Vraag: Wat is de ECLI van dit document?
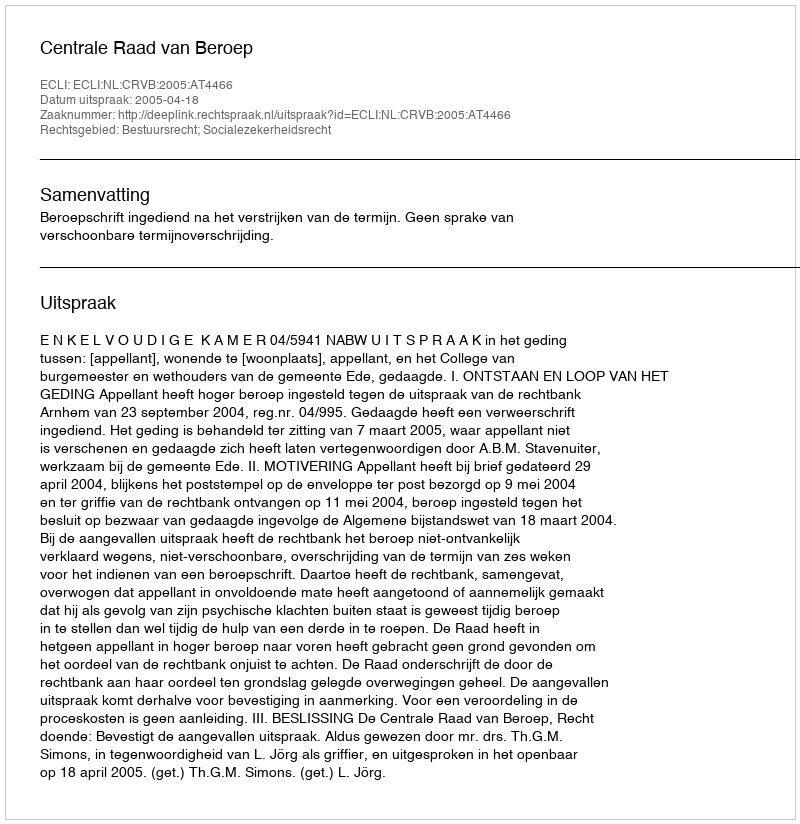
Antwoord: ECLI:NL:CRVB:2005:AT4466